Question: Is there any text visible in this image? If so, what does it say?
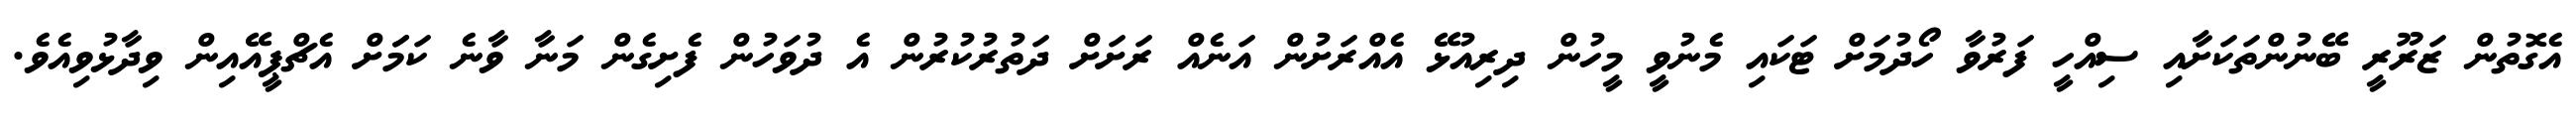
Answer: އެގޮތުން ޒަރޫރީ ބޭނުންތަކަށާއި ސިއްހީ ފަރުވާ ހޯދުމަށް ޓަކައި މެނުވީ މީހުން ދިރިއުޅޭ އެއްރަށުން އަނެއް ރަށަށް ދަތުރުކުރުން އެ ދުވަހުން ފެށިގެން މަނާ ވާނެ ކަމަަށް އެޗްޕީއޭއިން ވިދާޅުވިއެވެ.